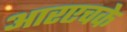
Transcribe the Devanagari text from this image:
आरएचके